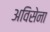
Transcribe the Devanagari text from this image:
अविसेना